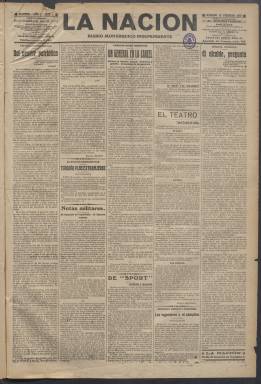
Título: La Nación (Madrid. 1913)
Colección: Periódicos
Ámbito geográfico: Madrid
Lugar de publicación: Madrid
Fechas: 15/02/1913-13/05/1913